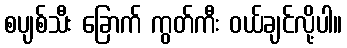
စပျစ်သီး ခြောက် ကွတ်ကီး ဝယ်ချင်လို့ပါ။